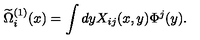
\widetilde { \Omega } _ { i } ^ { ( 1 ) } ( x ) = \int d y X _ { i j } ( x , y ) \Phi ^ { j } ( y ) .